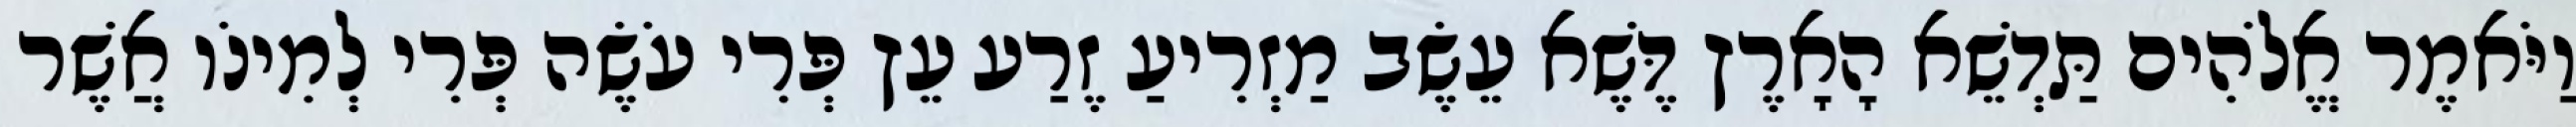
וַיֹּאמֶר אֱלֹהִים תַּדְשֵׁא הָאָרֶץ דֶּשֶׁא עֵשֶׂב מַזְרִיעַ זֶרַע עֵץ פְּרִי עֹשֶׂה פְּרִי לְמִינֹו אֲשֶׁר